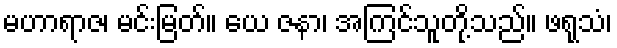
မဟာရာဇ၊ မင်းမြတ်။ ယေ ဇနာ၊ အကြင်သူတို့သည်။ ဖရုသံ၊